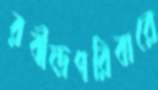
রবীন্দ্রপরিবারে